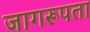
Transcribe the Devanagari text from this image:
जागरूपता